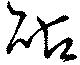
砧